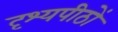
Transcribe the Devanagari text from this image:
दृश्यपीठों